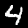
Label: 4